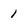
Character: 1